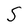
Character: S